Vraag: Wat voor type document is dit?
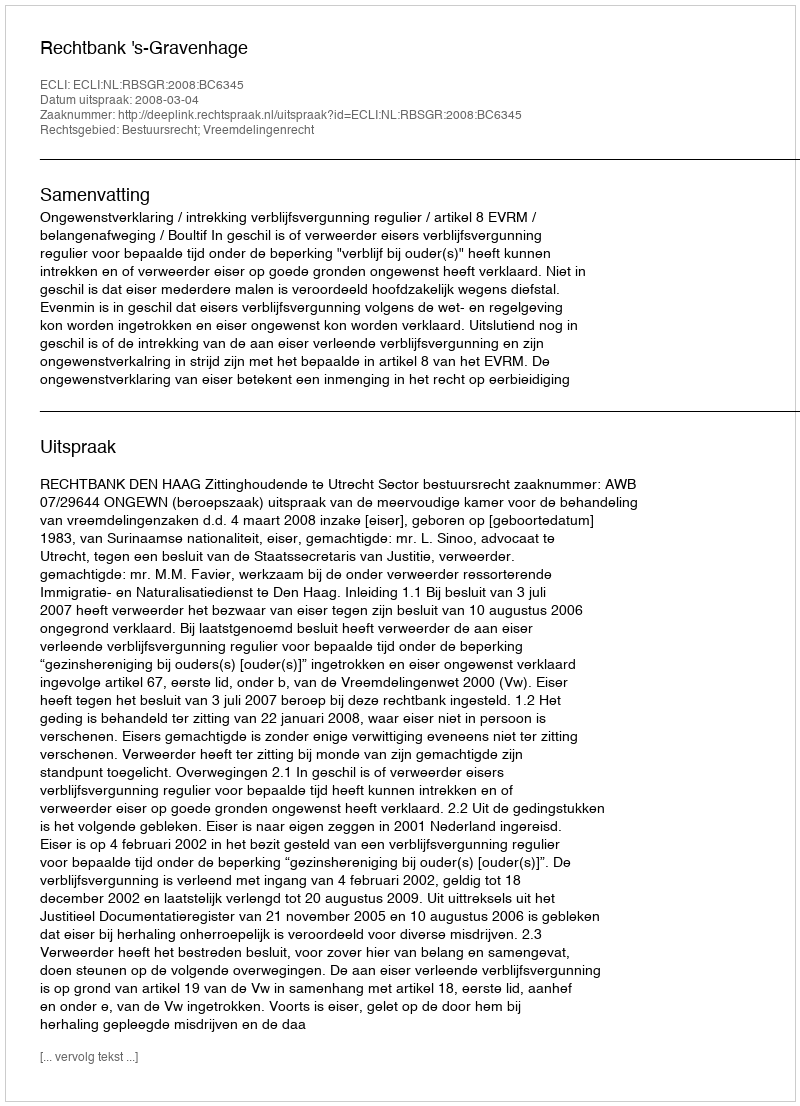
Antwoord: Uitspraak